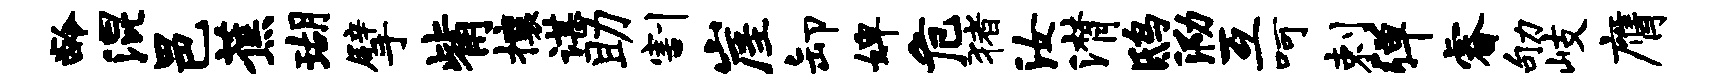
龄混邑蕉瑚擘觜攘谌助割崖卸婢危猪汝潸鸱泐互呵剌弹睿劬岐膺